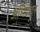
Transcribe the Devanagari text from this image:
अभिवादन